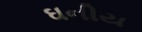
ઘનીય